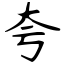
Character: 夸